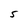
Character: S